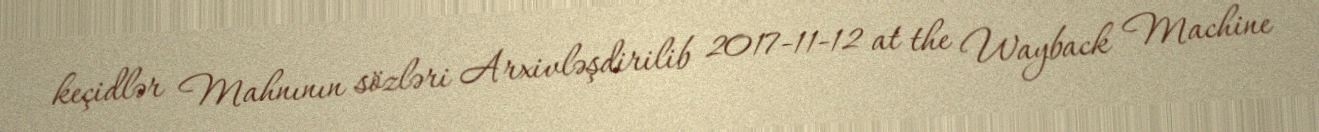
keçidlər Mahnının sözləri Arxivləşdirilib 2017-11-12 at the Wayback Machine